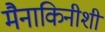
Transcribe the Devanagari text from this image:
मैनाकिनीशी